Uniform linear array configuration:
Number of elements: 24
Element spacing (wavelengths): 0.25
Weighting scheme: cosine
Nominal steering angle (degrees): -45
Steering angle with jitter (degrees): -45.916
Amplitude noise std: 0.05
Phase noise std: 0.05

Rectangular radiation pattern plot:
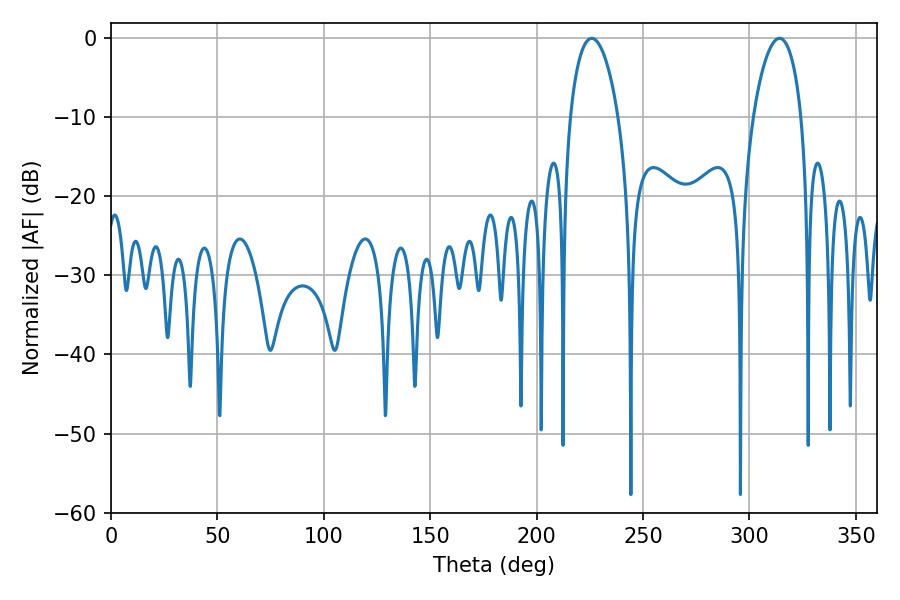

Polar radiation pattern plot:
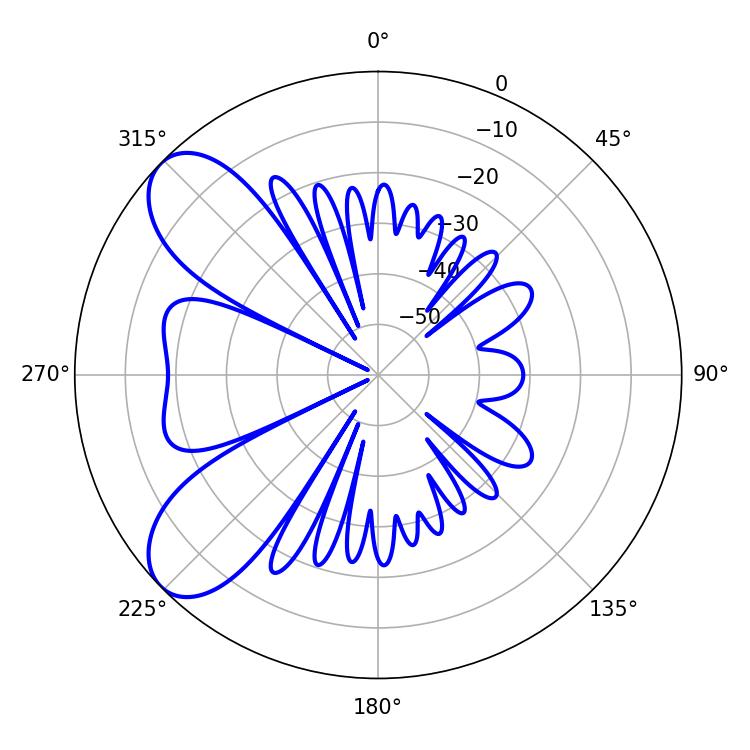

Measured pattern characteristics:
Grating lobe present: FALSE
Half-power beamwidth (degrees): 12.96
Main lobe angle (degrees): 225.9